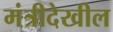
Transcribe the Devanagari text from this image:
मंत्रीदेखील